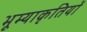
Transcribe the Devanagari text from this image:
भूम्याकृतियों